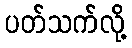
ပတ်သက်လို့